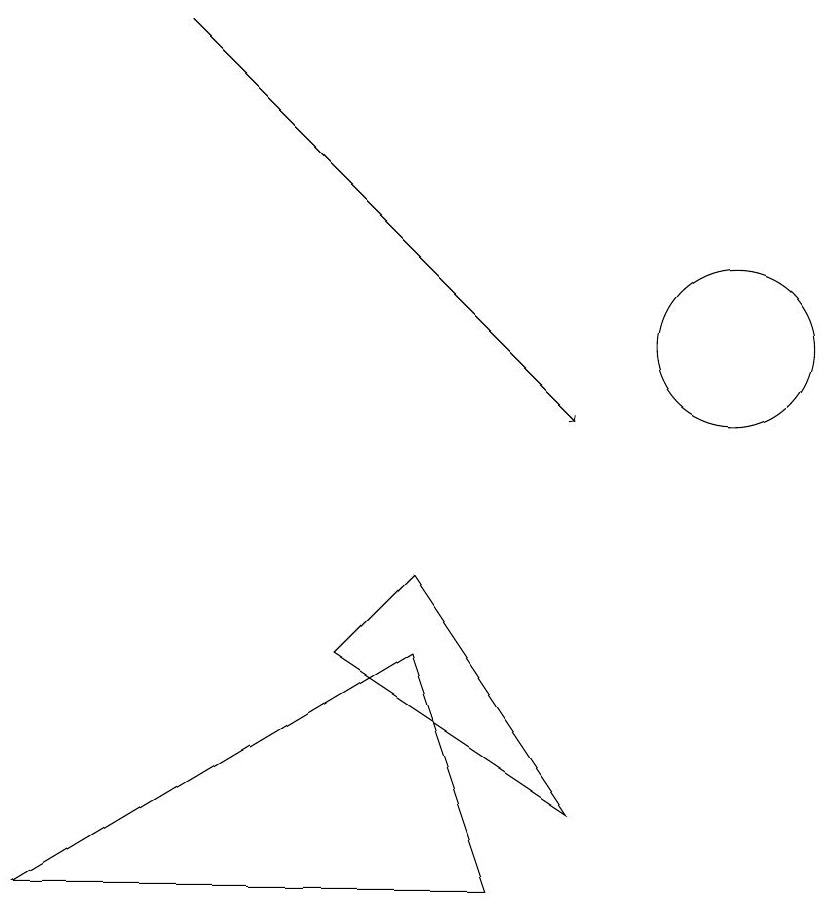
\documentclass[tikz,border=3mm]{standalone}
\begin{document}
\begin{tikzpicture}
\draw[->] (3,15) -- (8,10);
\draw (10,11) circle (1);
\draw (7,4) -- (1,4) -- (6,7) -- cycle;
\draw (8,5) -- (5,7) -- (6,8) -- cycle;
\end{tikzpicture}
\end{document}